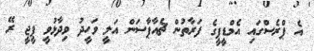
އެ ޕްރެސްގައި އެމްޑީޕީގެ ފަރާތުން ޗެއާޕާސަން އަލީ ވަހީދު ވިދާޅުވީ ޕީޖީ ރޭ